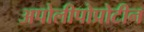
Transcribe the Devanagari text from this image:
अपोलीपोप्रोटीन